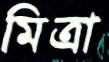
মিত্রা